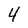
Character: 4